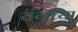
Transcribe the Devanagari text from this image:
यंगच्या